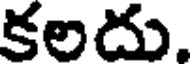
కలదు.